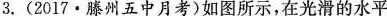
3. ( 2017 \cdot 滕州五中月考 ) 如图所示，在光滑的水平